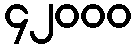
၄၂၀၀၀